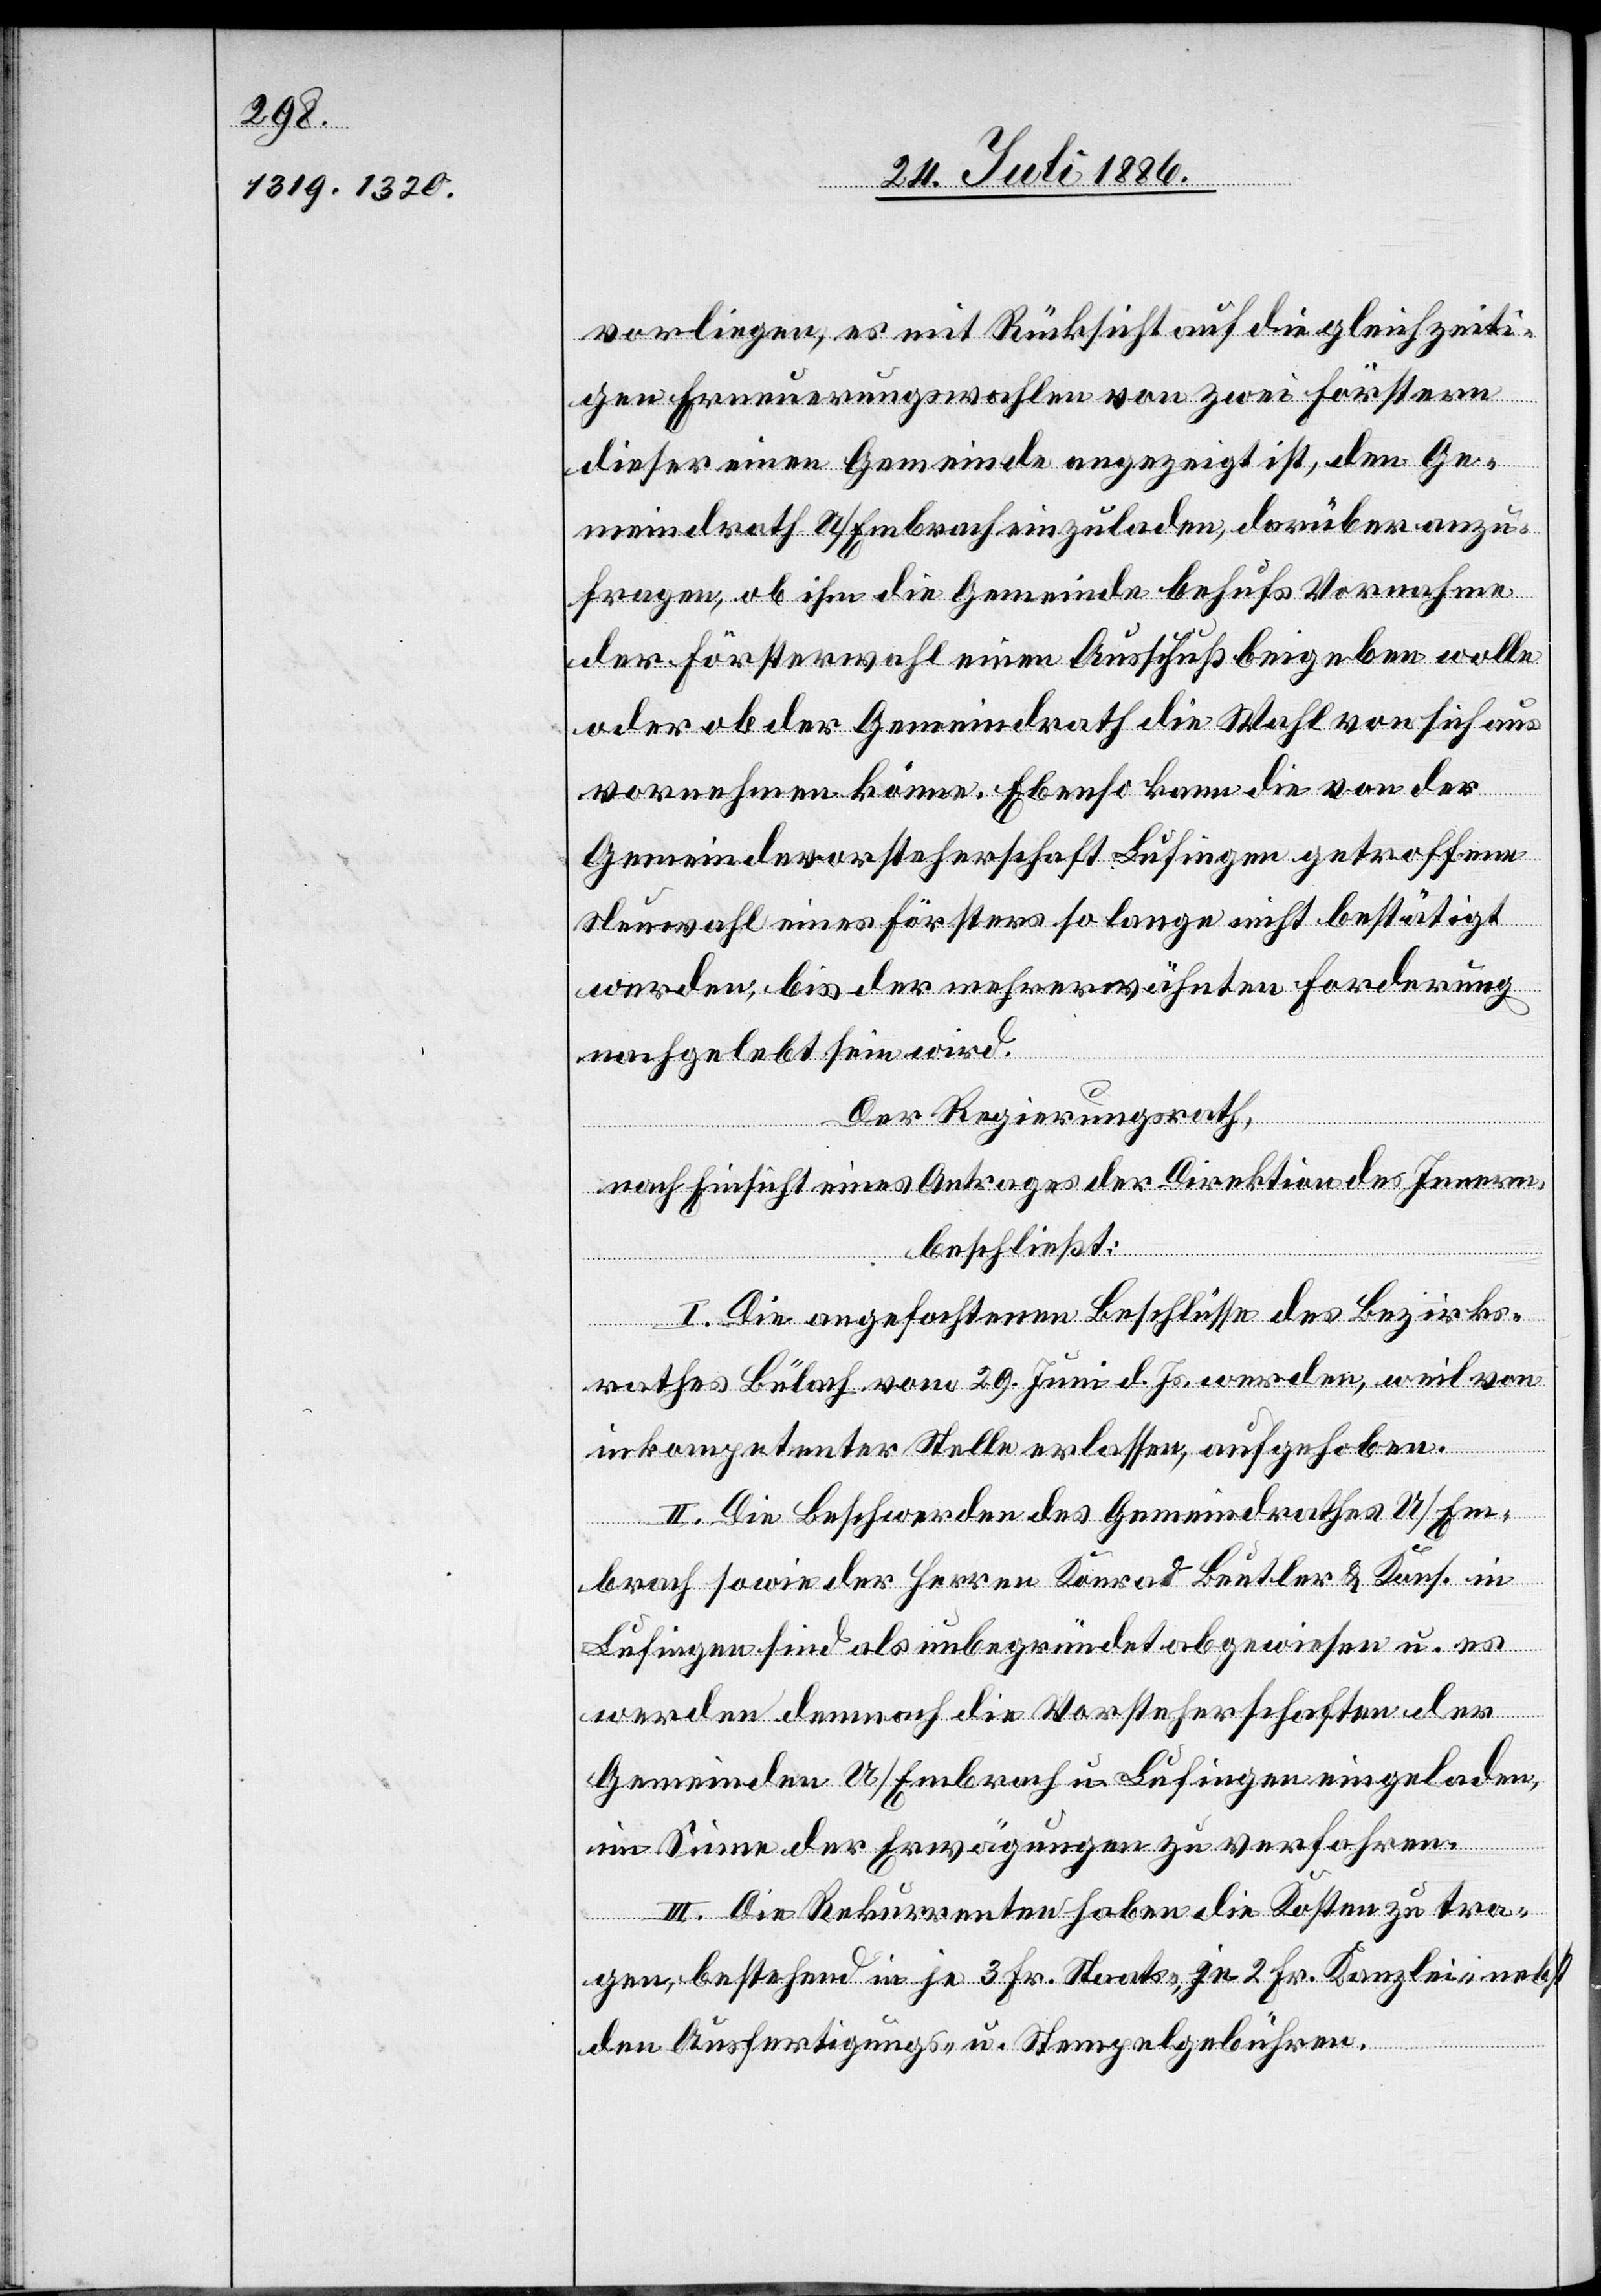
vorliegen, es mit Rücksicht auf die gleichzeiti¬
gen Erneuerungswahlen von zwei Förstern
dieser einen Gemeinde angezeigt ist, den Ge¬
meindrath U/Embrach einzuladen, darüber anzu¬
fragen, ob ihm die Gemeinde behufs Vornahme
der Försterwahl einen Ausschuß beigeben wolle
oder ob der Gemeindrath die Wahl von sich aus
vornehmen könne. Ebenso kann die von der
Gemeindevorsteherschaft Lufingen getroffene
Neuwahl eines Försters so lange nicht bestätigt
werden, bis der mehrerwähnten Forderung
nachgelebt sein wird.
Der Regierungsrath,
nach Einsicht eines Antrages der Direktion des Innern,
beschließt:
I. Die angefochtenen Beschlüsse des Bezirks¬
rathes Bülach vom 29. Juni d. Js. werden, weil von
inkompetenter Stelle erlassen, aufgehoben.
II. Die Beschwerden des Gemeindrathes U/Em¬
brach sowie der Herren Konrad Beutler & Kons. in
Lufingen sind als unbegründet abgewiesen u. es
werden demnach die Vorsteherschaften der
Gemeinde U/Embrach u. Lufingen eingeladen
im Sinne der Erwägungen zu verfahren.
III. Die Rekurrenten haben die Kosten zu tra¬
gen, bestehend in je 3 Fr. Staats-, je 2 Fr. Kanzlei- nebst
den Ausfertigungs- u. Stempelgebühren.